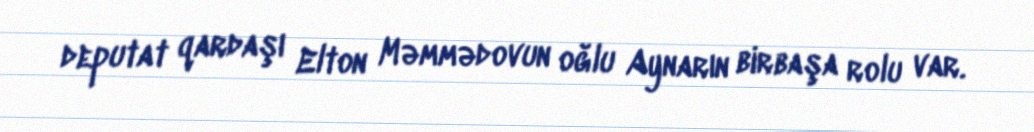
deputat qardaşı Elton Məmmədovun oğlu Aynarın birbaşa rolu var.